Report on horse surra - Volume I
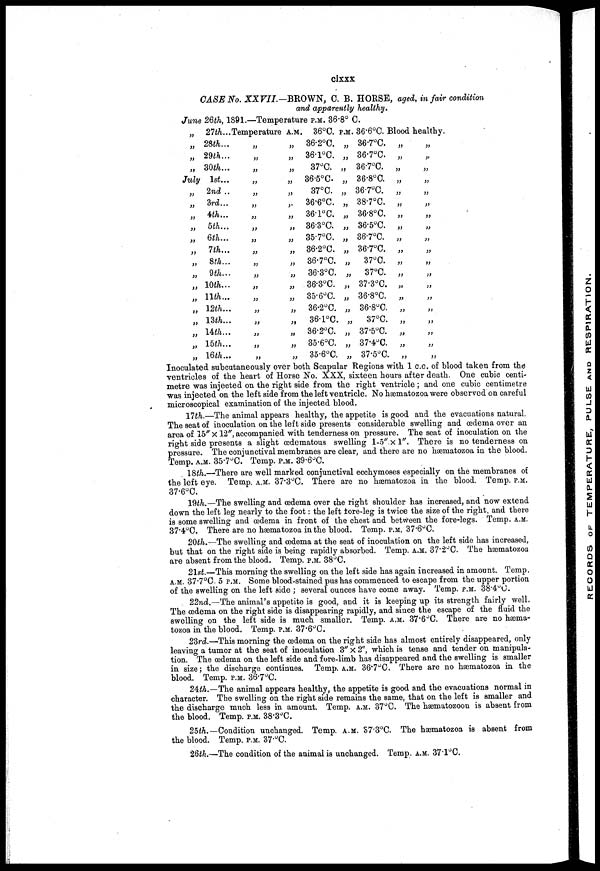
clxxx
CASE No. XXVII.—BROWN, C. B. HORSE, aged, in fair condition
and apparently healthy.
June 26th, 1891.—Temperature P.M. 36.8° C.
„
„
„
„
July
„
„
„
„
„
„
„
„
„
„
„
„
„
„
„
27th...
28th...
29th...
30th...
1st...
2nd ..
3rd...
4th...
5th...
6th...
7th...
8th...
9th...
10th...
11th...
12th...
13th...
14th...
15th...
16th...
Temperature
„
„
„
„
„
„
„
„
„
„
„
„
„
„
„
„
„
„
„
A.M.
„
„
„
„
„
„
„
„
„
„
„
„
„
„
„
„
„
„
„
36°C.
36.2°C.
36.1°C.
37°C.
36.5°C
37°C.
36.6°C.
36.l°C.
86.3°C.
35.7°C.
36.2°C.
36.7°C.
36.3°C.
36.3°C.
35.6°C.
36.2°C.
36.1°C.
36.2°C.
35.6°C.
35.6°C.
P.M.
„
„
„
„
„
„
„
„
„
„
„
„
„
„
„
„
„
„
„
36.6°C.
36.7°C.
36.7°C.
36.7°C.
36.8°C.
36.7°C.
38.7°C.
36.8°C.
36.5°C.
36.7°C.
36.7°C.
37°C.
37°C.
37.3°C.
36.8°C.
36.8°C.
37°C.
37.5°C.
37.4°C.
37.5°C.
Blood healthy.
„ „
„ „
„ „
„ „
„ „
„ „
„ „
„ „
„ „
„ „
„ „
„ „
„ „
„ „
„ „
„ „
„ „
„ „
„ „
Inoculated subcutaneously over both Scapular Regions with 1 c.c. of blood taken from the
ventricles of the heart of Horse No. XXX, sixteen hours after death. One cubic centi-
metre was injected on the right side from the right ventricle ; and one cubic centimetre
was injected on the left side from the left ventricle. No hæmatozoa were observed on careful
microscopical examination of the injected blood.
17th.—The animal appears healthy, the appetite is good and the evacuations natural.
The seat of inoculation on the left side presents considerable swelling and oedema over an
area of 15" × 12", accompanied with tenderness on pressure. The seat of inoculation on the
right side presents a slight œdematous swelling l.5".x 1". There is no tenderness on
pressure. The conjunctival membranes are clear, and there are no hæmatozoa in the blood.
Temp.
35.7°C. Temp. P.M. 39.6°C.
18th.—There are well marked conjunctival ecchymoses especially on the membranes of
the left eye. Temp.
37.3°C. There are no hæmatozoa in the blood. Temp. P.M.
37.6°C.
19th.—The swelling and oedema over the right shoulder has increased, and now extend
down the left leg nearly to the foot : the left tore-leg is twice the size of the right, and there
is Borne swelling and oedema in front of the chest and between the fore-legs. Temp.A.M.
37.4°C. There are no hæmatozoa in the blood. Temp. P.M. 37.6°C.
20th.—The swelling and oedema at the seat of inoculation on the left side has increased,
but that on the right side is being rapidly absorbed. Temp.A.M. 37.2°C. The hæmatozoa
are absent from the blood. Temp. p.m. 38°C.
21st.—This morning the swelling on the left side has again increased in amount. Temp,
A.M. 37.7°C 5 P.M. Some blood-stained pus has commenced to escape from the upper portion
of the swelling on the left side ; several ounces have come away. Temp. p.m. 38.4°C.
22nd.—The animal's appetite is good, and it is keeping up its strength fairly well.
The oedema on the right side is disappearing rapidly, and since the escape of the fluid the
swelling on the left side is much smaller. Temp. A.M. 37.6°C. There are no hæma-
tozoa in the blood. Temp. P.M. 37.6°C.
23rd.—This morning the oedema on the right side has almost entirely disappeared, only
leaving a tumor at the seat of inoculation 3" X 2", which is tense and tender on manipula-
tion. The oedema on the left side and fore-limb has disappeared and the swelling is smaller
in size; the discharge continues. Temp. A.M. 36.7°C. There are no hæmatozoa in the
blood. Temp. P.M. 36.7°C.
24th.—The animal appears healthy, the appetite is good and the evacuations normal in
character. The swelling on the right side remains the same, that on the left is smaller and
the discharge much less in amount. Temp. A.M. 37°C. The hæmatozoon is absent from
the blood. Temp. P.M. 38.3°C.
25th.—Condition unchanged. Temp. A.M. 37.3°C. The hæmatozoa is absent from
the blood. Temp. P.M. 37.°C.
26th.—The condition of the animal is unchanged. Temp. A.M. 37.1°C.